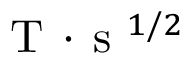
\mathrm { ~ T ~ } \! \cdot \! \mathrm { ~ s ~ } ^ { 1 / 2 }